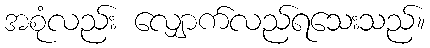
အစုံလည်း လျှောက်လည်ရသေးသည်။